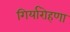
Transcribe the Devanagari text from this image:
गिर्यारोहणा